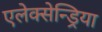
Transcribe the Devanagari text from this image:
एलेक्सेन्ड्रिया